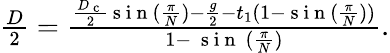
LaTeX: \begin{array}{r}{\frac{D}{2}=\frac{\frac{D_{\mathrm{~c~}}}{2}\mathrm{~s~i~n~}(\frac{\pi}{N})-\frac{g}{2}-t{_1}(1-\mathrm{~s~i~n~}(\frac{\pi}{N}))}{1-\mathrm{~\mathrm{~s~i~n~}~}(\frac{\pi}{N})}.}\end{array}